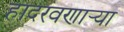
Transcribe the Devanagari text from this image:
हादरवणार्‍या